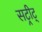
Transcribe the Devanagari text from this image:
सट्रीट्